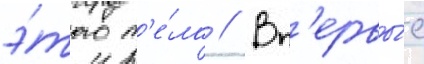
э́того т'е́ла // Вп'ервы́е